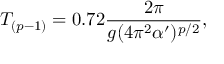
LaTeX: T _ { ( p - 1 ) } = 0 . 7 2 \frac { 2 \pi } { g ( 4 \pi ^ { 2 } \alpha ^ { \prime } ) ^ { p / 2 } } ,